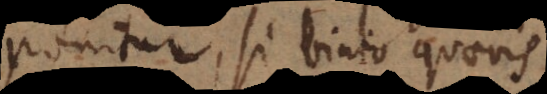
componitur, si binio quaevis